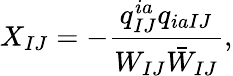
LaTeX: X_{IJ}=-\frac{q_{IJ}^{ia}q_{iaIJ}}{W_{IJ}\bar{W}_{IJ}},